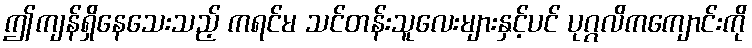
ဤကျန်ရှိနေသေးသည့် ကရင်မ သင်တန်းသူလေးများနှင့်ပင် ပုဂ္ဂလိကကျောင်းကို